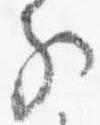
子